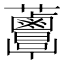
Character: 𧅸